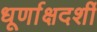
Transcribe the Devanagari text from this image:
धूर्णाक्षदर्शी